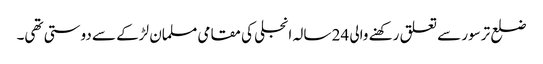
ضلع ترسور سے تعلق رکھنے والی 24 سالہ انجلی کی مقامی مسلمان لڑکے سے دوستی تھی۔